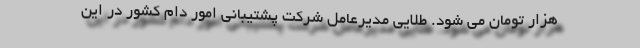
هزار تومان می شود. طلایی مدیرعامل شرکت پشتیبانی امور دام کشور در این